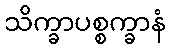
သိက္ခာပစ္စက္ခာနံ